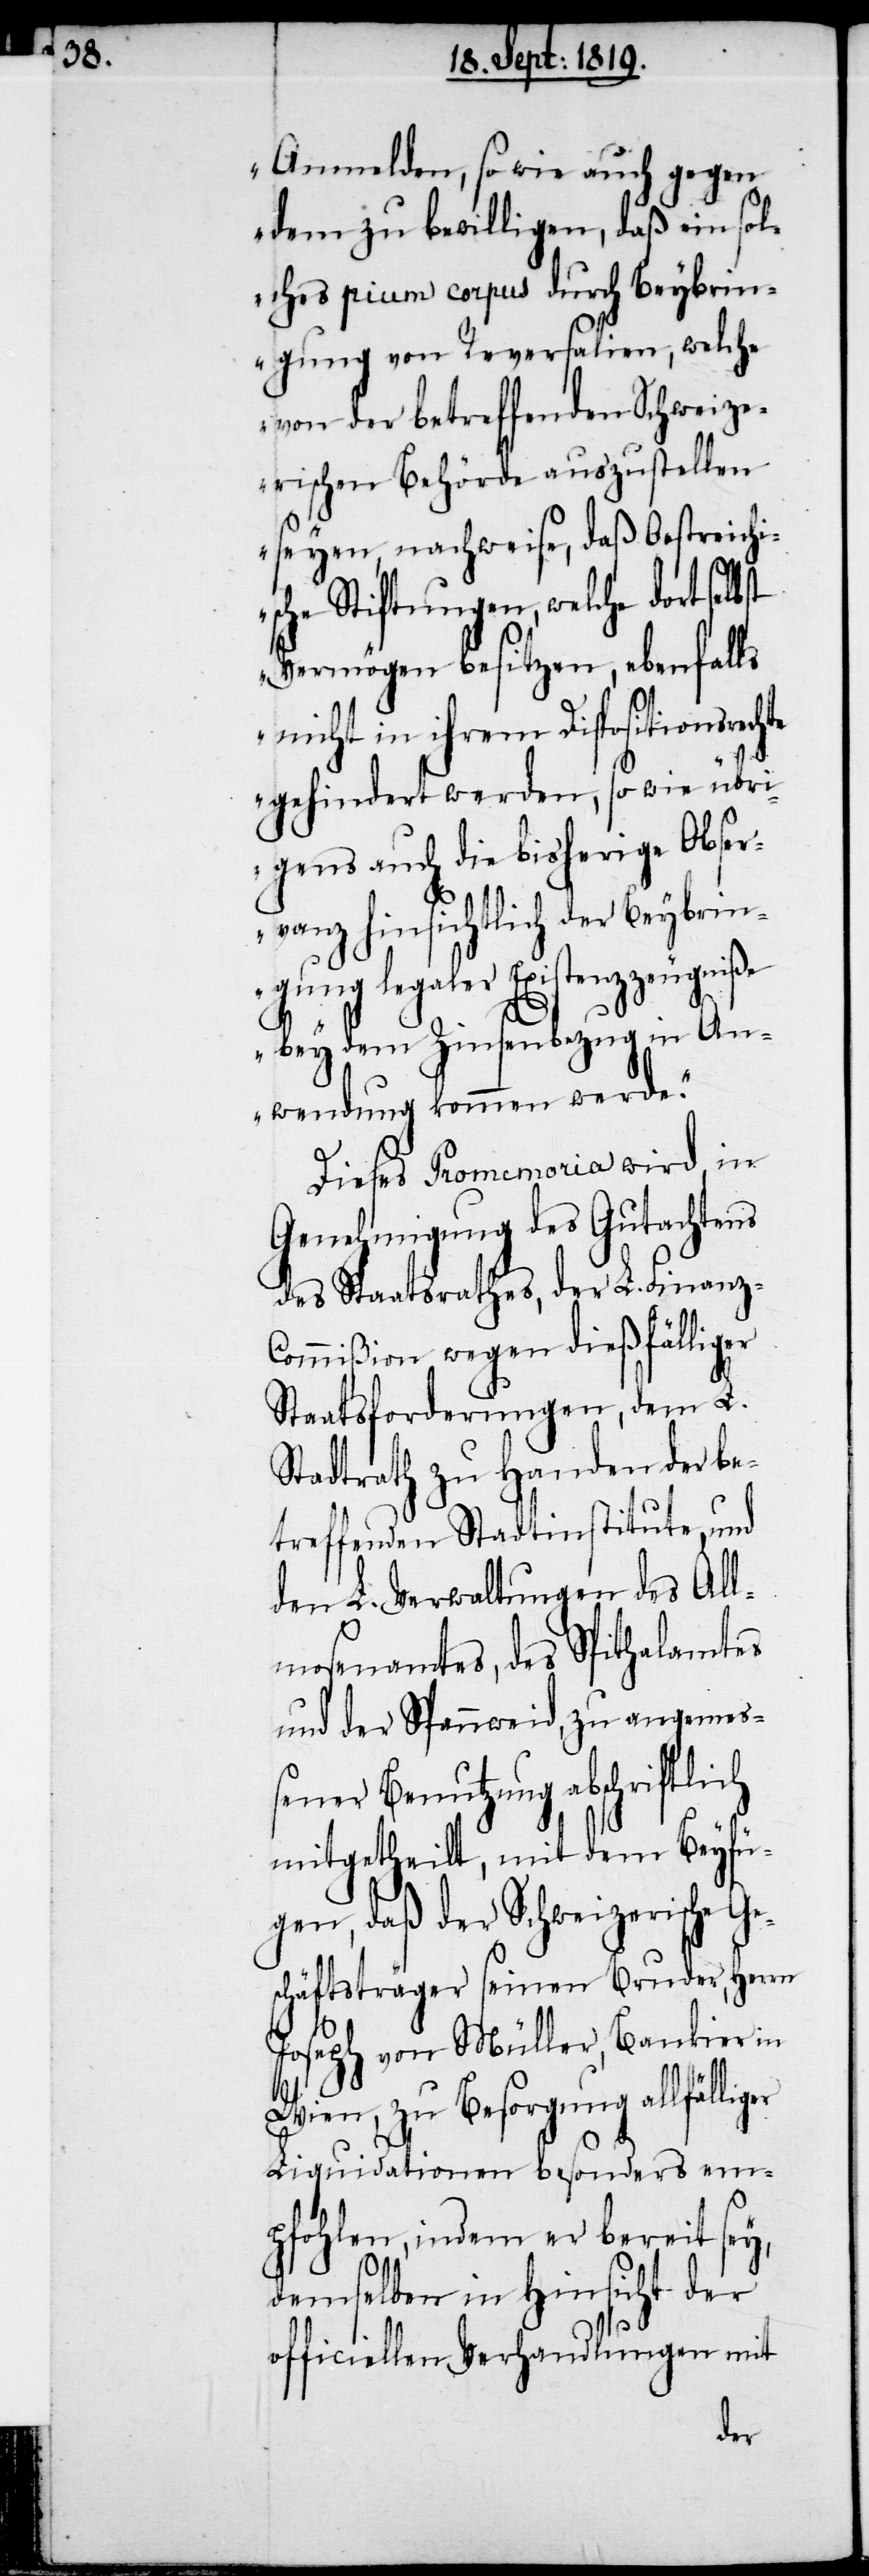
Anmelden, so wie auch gegen
dem zu bewilligen, daß ein sol¬
ches pium corpus durch Beybrin¬
gung von Reversalien, welche
von der betreffenden Schweiz¬
erischen Behörde auszustellen
seyen, nachweise, daß Oestreichi¬
sche Stiftungen, welche dort
Vermögen besitzen, ebenfalls
nicht in ihrem Dispositionsrechte
gehindert werden, so wie übri¬
gens auch die bisherige Ober¬
vanz hinsichtlich der Beybrin¬
gung legaler Existenzzeugniße
bey dem Zinsenbezug in An¬
wendung kommen werde.“
Dieses Promemoria wird, in
Genehmigung des Gutachtens
des Staatsrathes, der L. Finanz-C¬
ommißion wegen dießfälliger
Staatsforderungen, dem L.
Stadtrath zu Handen der be¬
treffenden Stadtinstitute, und
den L. Verwaltungen des All¬
mosenamtes, des Spithalamtes
und der Spannweid, zu angemes¬
sener Benutzung abschriftlich
mitgetheilt, mit dem Beyfü¬
gen, daß der Schweizerische Ge¬
schäftsträger seinen Bruder, Herrn
Joseph von Müller, Bankier in
Wien, zu Besorgung allfälliger
Liquidationen besonders em¬
pfohlen, indem er bereit sey,
demselben in Hinsicht der
officiellen Verhandlungen mit